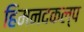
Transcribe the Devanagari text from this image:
हिमनदकल्प